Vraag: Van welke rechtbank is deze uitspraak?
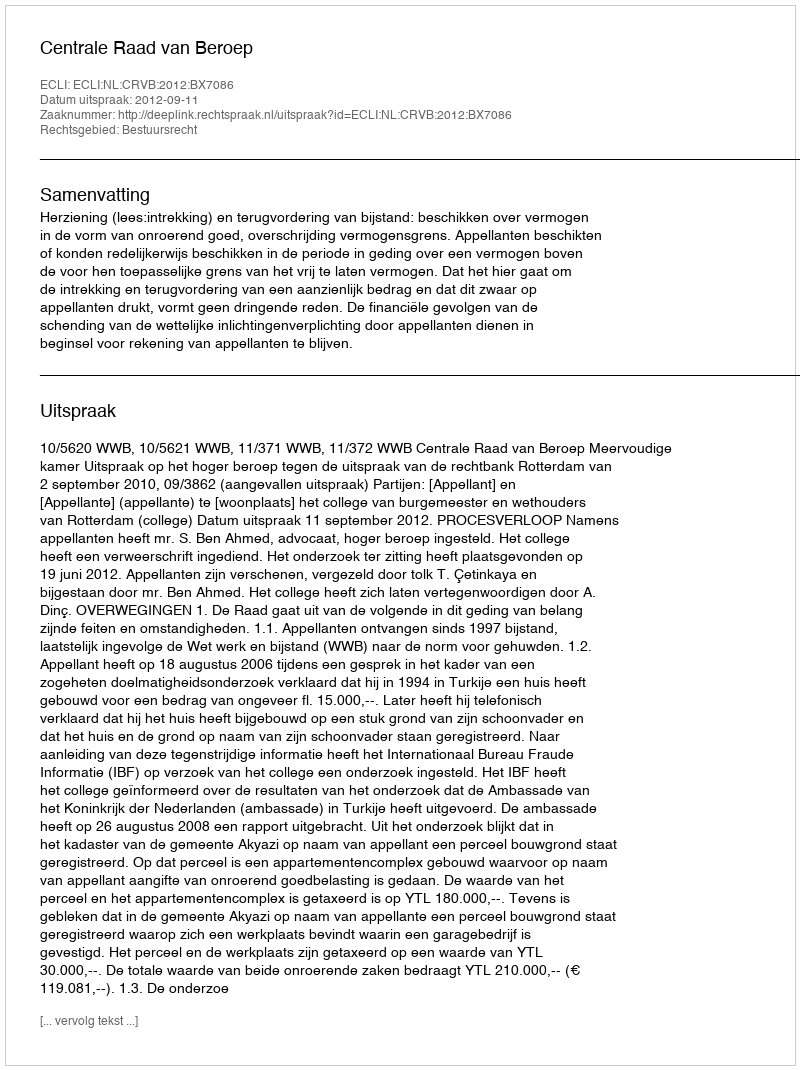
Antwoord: Centrale Raad van Beroep